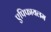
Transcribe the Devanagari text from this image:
एपिफायलम